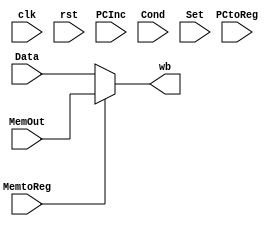
module writeback(
	//Ouputs
        wb, 
        //Inputs
        clk, rst, PCInc, MemOut, Data, Cond, PCtoReg, MemtoReg, Set
        );

	input clk;
	input rst;
	input [15:0] PCInc;
	input [15:0] MemOut;
	input [15:0] Data;
	input Cond;
	input PCtoReg;
	input MemtoReg;
	input Set;

	output [15:0] wb;
	
	assign wb = (MemtoReg == 1'b1) ? MemOut : Data;

endmodule